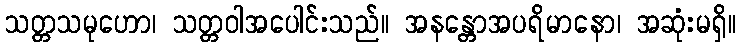
သတ္တသမုဟော၊ သတ္တဝါအပေါင်းသည်။ အနန္တောအပရိမာနော၊ အဆုံးမရှိ။